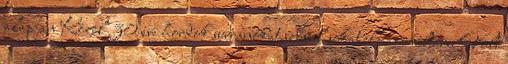
alapján Közel 30 éve hordok surranókat,szóval sokat elhasználtam. Volt